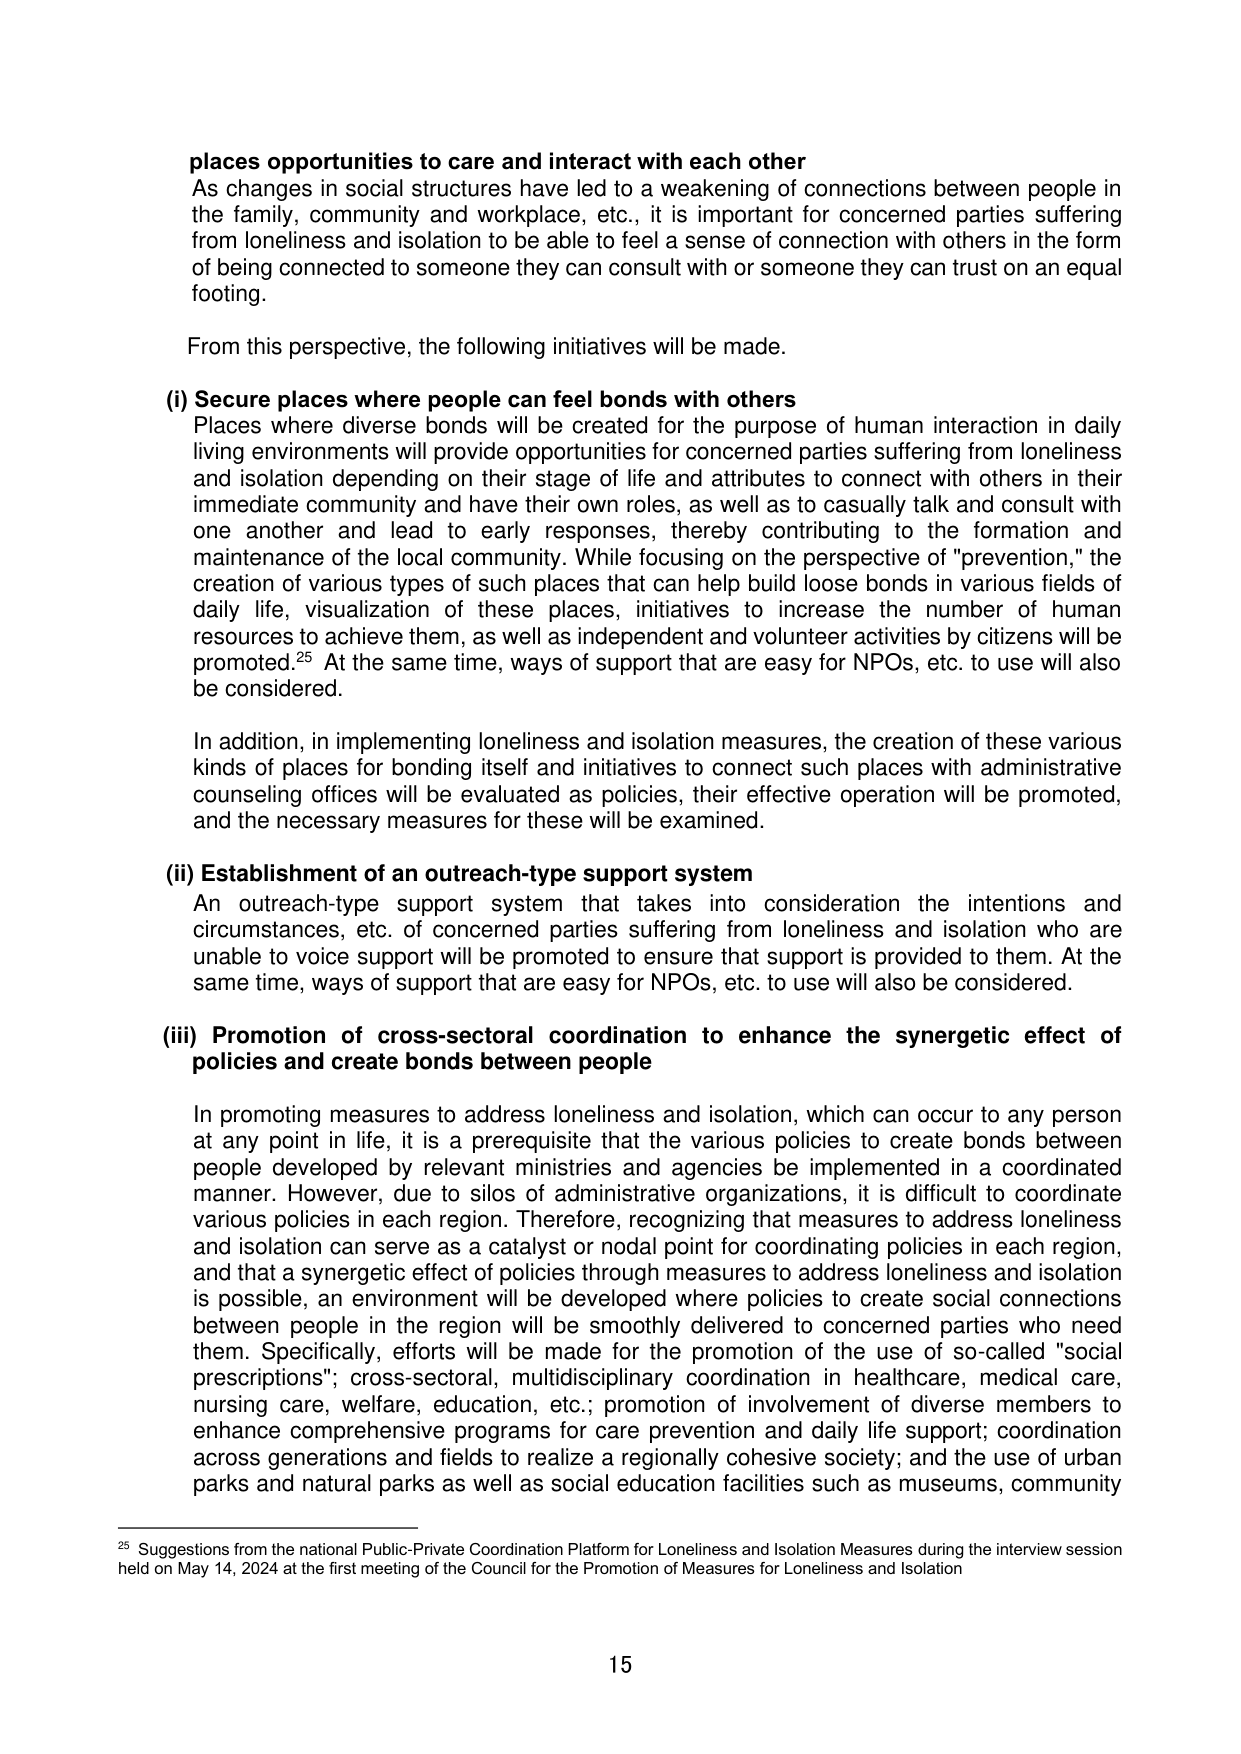
places opportunities to care and interact with each other
As changes in social structures have led to a weakening of connections between people in the family, community and workplace, etc., it is important for concerned parties suffering from loneliness and isolation to be able to feel a sense of connection with others in the form of being connected to someone they can consult with or someone they can trust on an equal footing.

From this perspective, the following initiatives will be made.

(i) Secure places where people can feel bonds with others
Places where diverse bonds will be created for the purpose of human interaction in daily living environments will provide opportunities for concerned parties suffering from loneliness and isolation depending on their stage of life and attributes to connect with others in their immediate community and have their own roles, as well as to casually talk and consult with one another and lead to early responses, thereby contributing to the formation and maintenance of the local community. While focusing on the perspective of "prevention," the creation of various types of such places that can help build loose bonds in various fields of daily life, visualization of these places, initiatives to increase the number of human resources to achieve them, as well as independent and volunteer activities by citizens will be promoted.25 At the same time, ways of support that are easy for NPOs, etc. to use will also be considered.

In addition, in implementing loneliness and isolation measures, the creation of these various kinds of places for bonding itself and initiatives to connect such places with administrative counseling offices will be evaluated as policies, their effective operation will be promoted, and the necessary measures for these will be examined.

(ii) Establishment of an outreach-type support system
An outreach-type support system that takes into consideration the intentions and circumstances, etc. of concerned parties suffering from loneliness and isolation who are unable to voice support will be promoted to ensure that support is provided to them. At the same time, ways of support that are easy for NPOs, etc. to use will also be considered.

(iii) Promotion of cross-sectoral coordination to enhance the synergetic effect of policies and create bonds between people
In promoting measures to address loneliness and isolation, which can occur to any person at any point in life, it is a prerequisite that the various policies to create bonds between people developed by relevant ministries and agencies be implemented in a coordinated manner. However, due to silos of administrative organizations, it is difficult to coordinate various policies in each region. Therefore, recognizing that measures to address loneliness and isolation can serve as a catalyst or nodal point for coordinating policies in each region, and that a synergetic effect of policies through measures to address loneliness and isolation is possible, an environment will be developed where policies to create social connections between people in the region will be smoothly delivered to concerned parties who need them. Specifically, efforts will be made for the promotion of the use of so-called "social prescriptions"; cross-sectoral, multidisciplinary coordination in healthcare, medical care, nursing care, welfare, education, etc.; promotion of involvement of diverse members to enhance comprehensive programs for care prevention and daily life support; coordination across generations and fields to realize a regionally cohesive society; and the use of urban parks and natural parks as well as social education facilities such as museums, community

25 Suggestions from the national Public-Private Coordination Platform for Loneliness and Isolation Measures during the interview session held on May 14, 2024 at the first meeting of the Council for the Promotion of Measures for Loneliness and Isolation

15